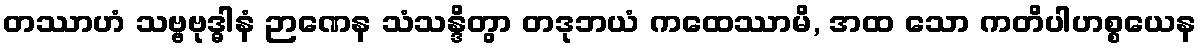
တဿာဟံ သဗ္ဗဗုဒ္ဓါနံ ဉာဏေန သံသန္ဒိတွာ တဒုဘယံ ကထေဿာမိ, အထ သော ကတိပါဟစ္စယေန